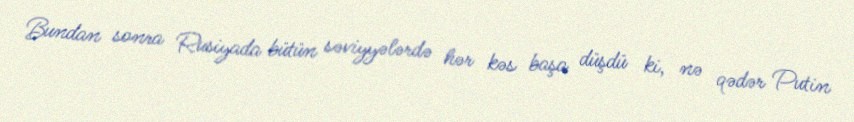
Bundan sonra Rusiyada bütün səviyyələrdə hər kəs başa düşdü ki, nə qədər Putin